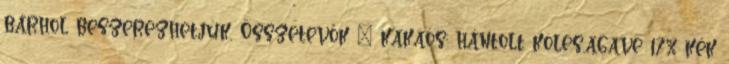
bárhol beszerezhetjük. Összetevők – kakaós: hántolt köles,agave 17% kék